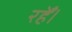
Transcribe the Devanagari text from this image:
रहेँ।